Burma Government Medical School reports 1923-41
Year: 1923
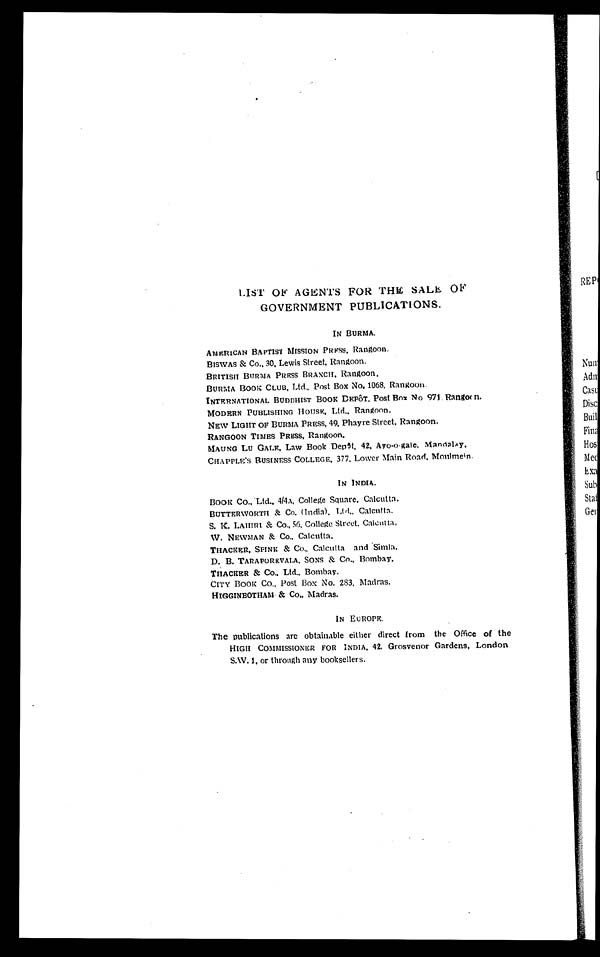
LIST OF AGENTS FOR THE SALE OF
GOVERNMENT PUBLICATIONS.
IN BURMA.
AMERICAN BAPTIST MISSION PRESS, Rangoon.
BISWAS & Co., 30, Lewis Street, Rangoon.
BRITISH BURMA PRESS BRANCH, Rangoon,
BURMA BOOK CLUB, Ltd., Post Box No. 1068. Rangoon.
INTERNATIONAL BUDDHIST BOOK DEPÔT, Post Box No 971. Rangoon.
MODERN PUBLISHING House, Ltd., Rangoon.
NEW LIGHT OF BURMA PRESS, 49, Phayre Street, Rangoon.
RANGOON TIMES PRESS, Rangoon.
MAUNG LU GALE , Law Book Depôt, 42, Ayo-o-gale, Mandalay.
CHAPPLE''S BUSINESS COLLEGE, 377. Lower Main Road. Moulmein.
IN INDIA.
BOOK Co., Ltd., 4/4A, College Square, Calcutta.
BUTTERWORTH & Co. (India), Ltd., Calcutta.
S. K. LAHIRI & Co., 56, College Street. Calcutta.
W. NEWMAN & Co., Calcutta.
THACKER, SPINK & Co., Calcutta and Simla.
D. B. TARAPOREVALA, SONS & Co., Bombay.
THACKER & Co., L t d . , B o m b a y .
CITY BOOK Co., Post Box No. 283, Madras.
HIGGINBOTHAM & Co., Madras.
IN EUROPE.
The publications are obtainable either direct from the Office of the
HIGH COMMISSIONER FOR INDIA. 42. Grosvenor Gardens, London
S.W.1, or through any booksellers.